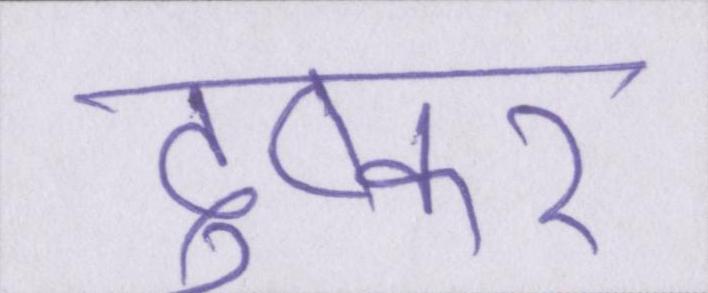
दुष्कर